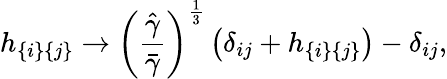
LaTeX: h_{\{ i\} \{ j\} }\to\left(\frac{\hat{\gamma}}{\bar{\gamma}}\right)^{\frac{1}{3}}\left(\delta_{ij}+h_{\{ i\} \{ j\} }\right)-\delta_{ij},